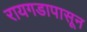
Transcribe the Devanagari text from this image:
रायगडापासून